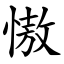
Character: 慠